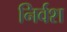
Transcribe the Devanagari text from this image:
निर्वश